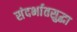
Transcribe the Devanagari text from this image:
संदर्भातसुद्धा